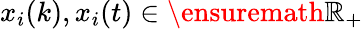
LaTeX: x_{i}(k),x_{i}(t)\in\ensuremath{\mathbb{R}}_{+}